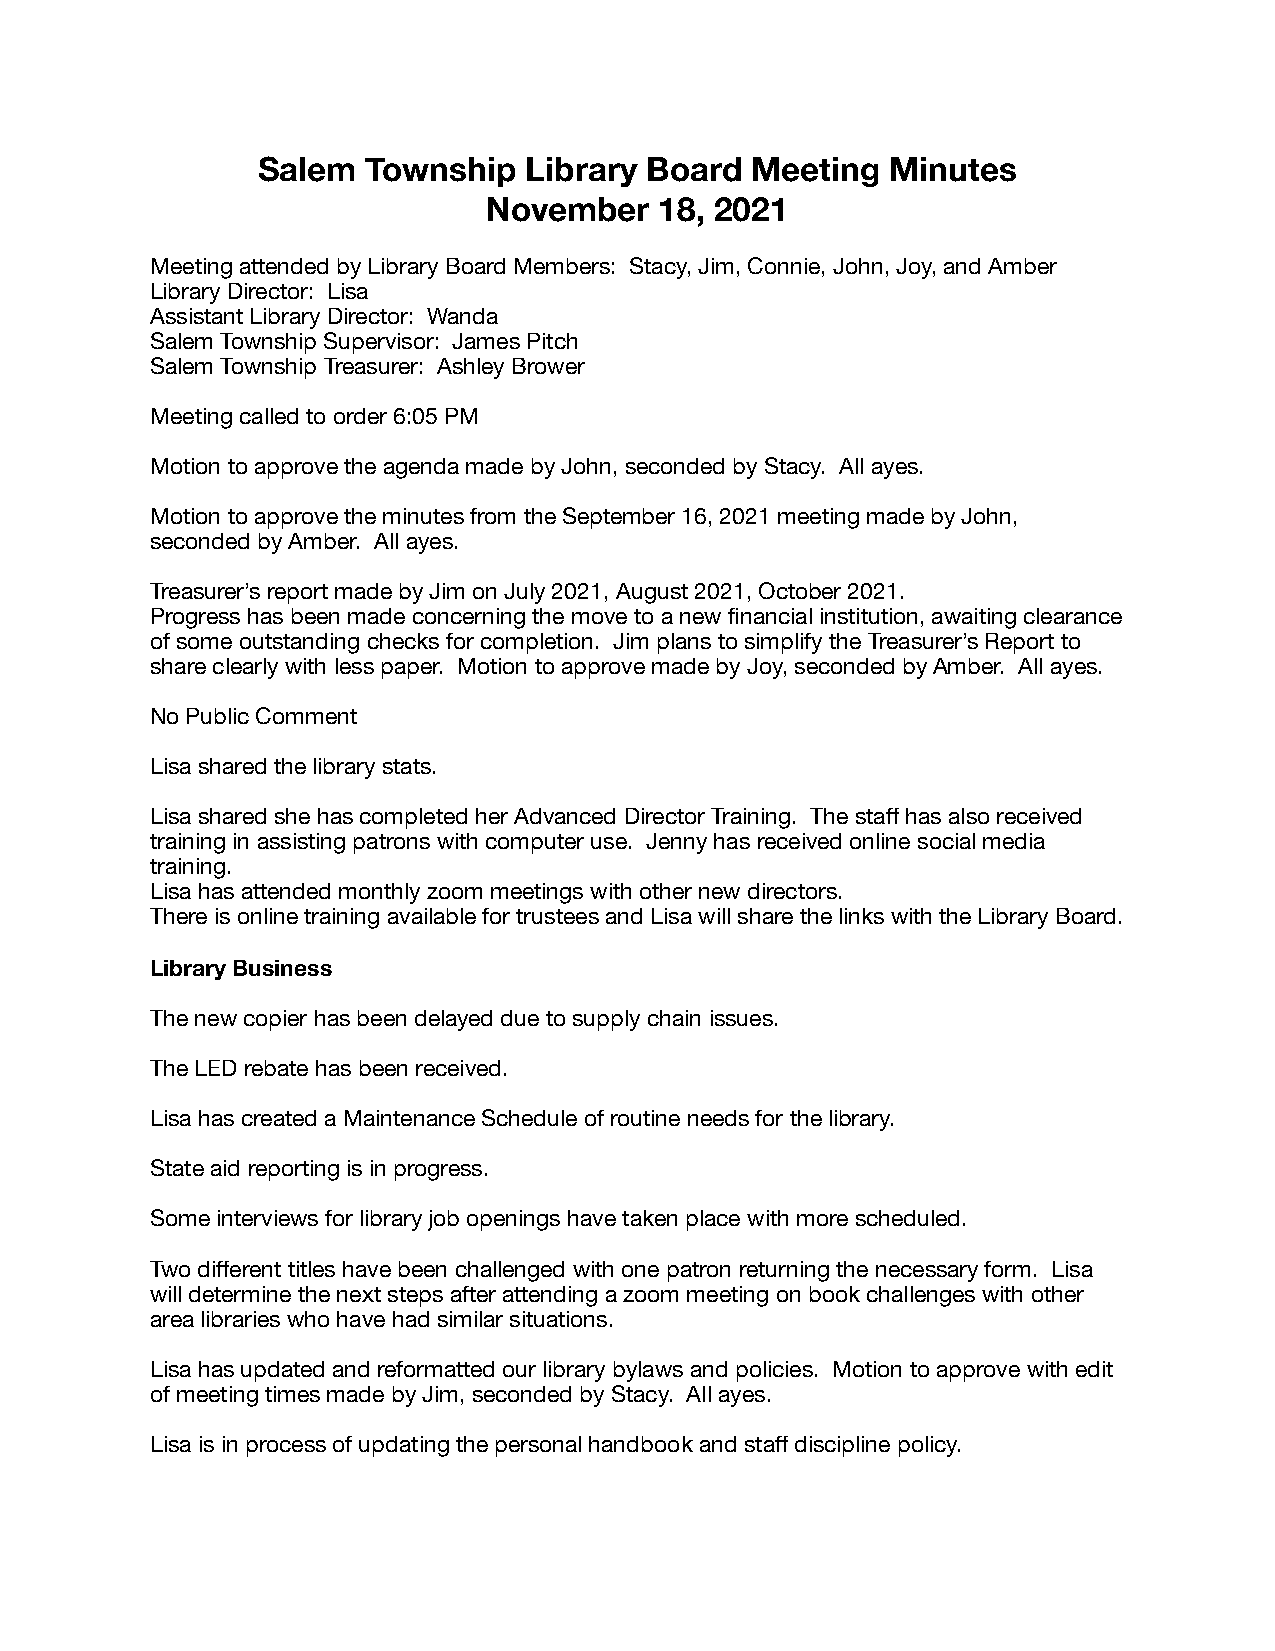
Salem  Township   Library Board  Meeting  Minutes
 November    18, 2021
 Meeting attended by Library Board Members: Stacy, Jim, Connie, John, Joy, and Amber
 Library Director: Lisa
 Assistant Library Director: Wanda
 Salem Township Supervisor: James Pitch
 Salem Township Treasurer: Ashley Brower
 Meeting called to order 6:05 PM
 Motion to approve the agenda made by John, seconded by Stacy. All ayes.
 Motion to approve the minutes from the September 16, 2021 meeting made by John,
 seconded by Amber. All ayes.
 Treasurer’s report made by Jim on July 2021, August 2021, October 2021.
 Progress has been made concerning the move to a new financial institution, awaiting clearance
 of some outstanding checks for completion. Jim plans to simplify the Treasurer’s Report to
 share clearly with less paper. Motion to approve made by Joy, seconded by Amber. All ayes.
 No Public Comment
 Lisa shared the library stats.
 Lisa shared she has completed her Advanced Director Training. The staff has also received
 training in assisting patrons with computer use. Jenny has received online social media
 training.
 Lisa has attended monthly zoom meetings with other new directors.
 There is online training available for trustees and Lisa will share the links with the Library Board.
 Library Business
 The new copier has been delayed due to supply chain issues.
 The LED rebate has been received.
 Lisa has created a Maintenance Schedule of routine needs for the library.
 State aid reporting is in progress.
 Some interviews for library job openings have taken place with more scheduled.
 Two different titles have been challenged with one patron returning the necessary form. Lisa
 will determine the next steps after attending a zoom meeting on book challenges with other
 area libraries who have had similar situations.
 Lisa has updated and reformatted our library bylaws and policies. Motion to approve with edit
 of meeting times made by Jim, seconded by Stacy. All ayes.
 Lisa is in process of updating the personal handbook and staff discipline policy.